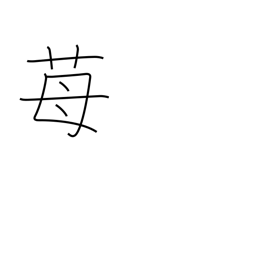
Meaning: strawberry